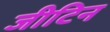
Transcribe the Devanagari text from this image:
जीटिन